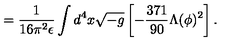
= \frac { 1 } { 1 6 \pi ^ { 2 } \epsilon } \int d ^ { 4 } x \sqrt { - g } \left[ - \frac { 3 7 1 } { 9 0 } \Lambda ( \phi ) ^ { 2 } \right] .